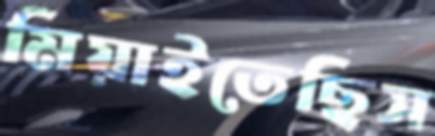
মিয়াইতেছিস